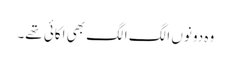
وہ دونوں الگ الگ بھی اکائی تھے۔